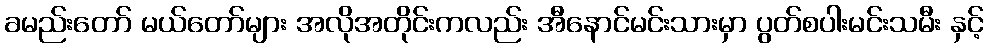
ခမည်းတော် မယ်တော်များ အလိုအတိုင်းကလည်း အီနောင်မင်းသားမှာ ပွတ်စပါးမင်းသမီး နှင့်